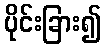
ပိုင်းခြား၍